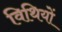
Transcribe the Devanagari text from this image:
विथियों